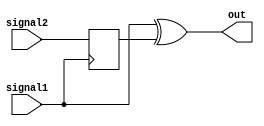
module TimingControlAndSyncBlock (
    input wire signal1,
    input wire signal2,
    output wire out
);

reg delayed_signal;

always @(posedge signal1) begin
    delayed_signal <= signal2;
end

assign out = signal1 ^ delayed_signal;

endmodule